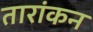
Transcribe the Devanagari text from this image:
तारांकन